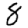
Digit: 8